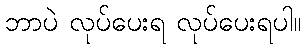
ဘာပဲ လုပ်ပေးရ လုပ်ပေးရပါ။